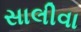
સાલીવા